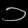
Digit: ၁